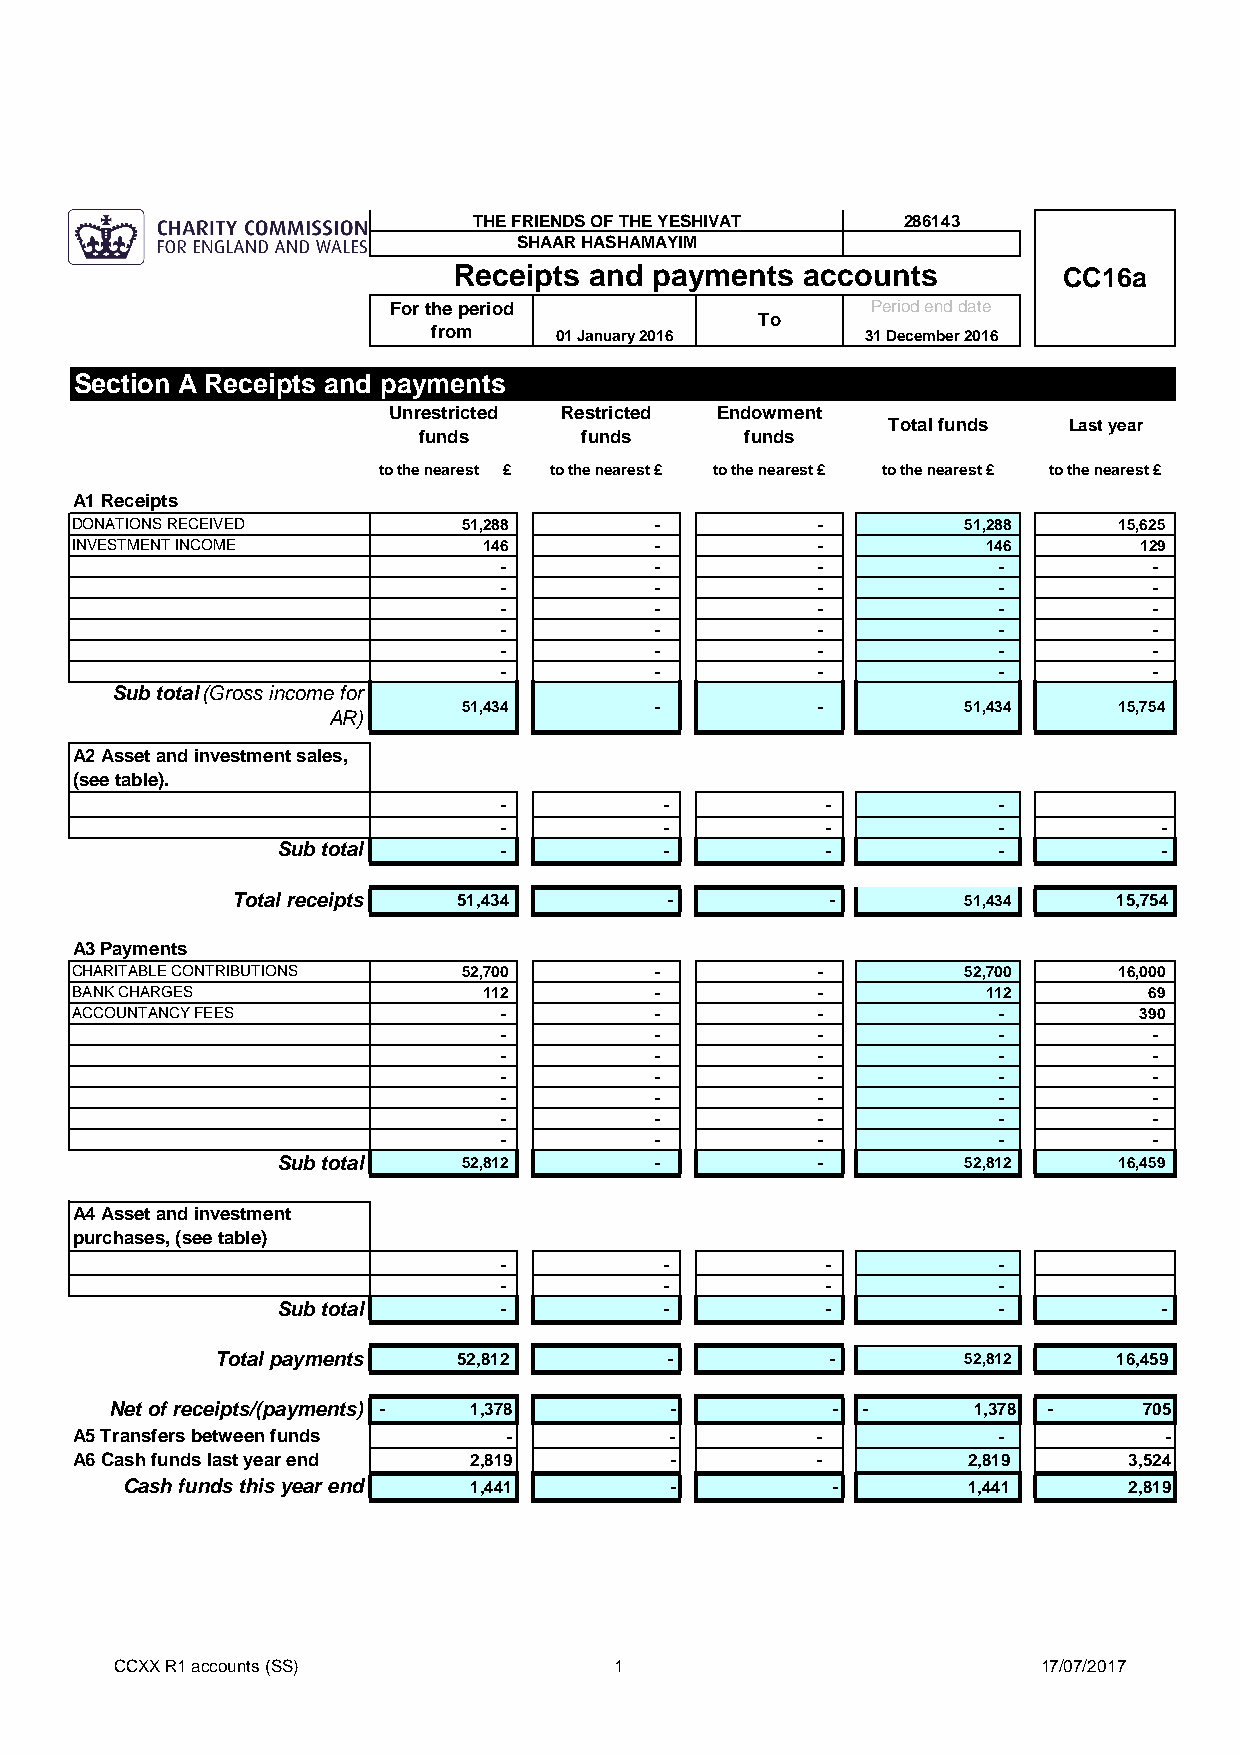
THE FRIENDS OF THE YESHIVAT  286143
 SHAAR HASHAMAYIM
 Receipts and payments  accounts         CC16a
 For the period                  Period end date
 To
 from    01 January 2016     31 December 2016
 Section A Receipts and payments
 Unrestricted Restricted Endowment
 Total funds Last year
 funds     funds      funds
 to the nearest £ to the nearest £ to the nearest £ to the nearest £ to the nearest £
 A1 Receipts
 DONATIONS RECEIVED        51,288      -          -         51,288    15,625
 INVESTMENT INCOME          146        -          -          146       129
 -         -          -           -         -
 -         -          -           -         -
 -         -          -           -         -
 -         -          -           -         -
 -         -          -           -         -
 -         -          -           -         -
 Sub total(Gross income for
 51,434      -          -         51,434    15,754
 AR)
 A2 Asset and investment sales,
 (see table).
 -          -          -          -
 -          -          -          -          -
 Sub total      -          -          -          -          -
 Total receipts 51,434        -          -        51,434    15,754
 A3 Payments
 CHARITABLE CONTRIBUTIONS  52,700      -          -         52,700    16,000
 BANK CHARGES               112        -          -          112        69
 ACCOUNTANCY FEES            -         -          -           -        390
 -         -          -           -         -
 -         -          -           -         -
 -         -          -           -         -
 -         -          -           -         -
 -         -          -           -         -
 -         -          -           -         -
 Sub total    52,812      -          -         52,812    16,459
 A4 Asset and investment
 purchases, (see table)
 -          -          -          -
 -          -          -          -
 Sub total      -          -          -          -          -
 Total payments  52,812        -          -        52,812    16,459
 Net of receipts/(payments) - 1,378   -          - -       1,378 -    705
 A5 Transfers between funds   -         -         -           -          -
 A6 Cash funds last year end 2,819      -         -         2,819      3,524
 Cash funds this year end 1,441      -          -        1,441      2,819
 CCXX R1 accounts (SS)            1                           17/07/2017